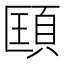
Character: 𩒑